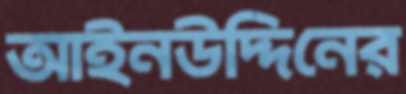
আইনউদ্দিনের